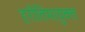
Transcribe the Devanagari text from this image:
हरीतिमायुक्‍त